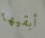
أبقيها